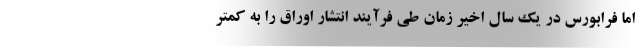
اما فرابورس در یک سال اخیر زمان طی فرآیند انتشار اوراق را به کمتر